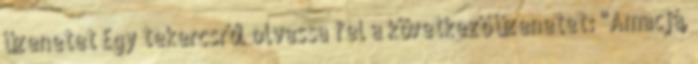
üzenetet Egy tekercsről olvassa fel a következő üzenetet: "Amacjá,